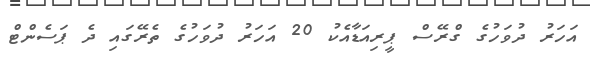
އަހަރު ދުވަހުގެ ގްރޭސް ޕީރިއަޑާއެކު 20 އަހަރު ދުވަހުގެ ތެރޭގައި ދެ ޕަސެންޓް